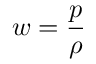
w = \frac { p } { \rho }